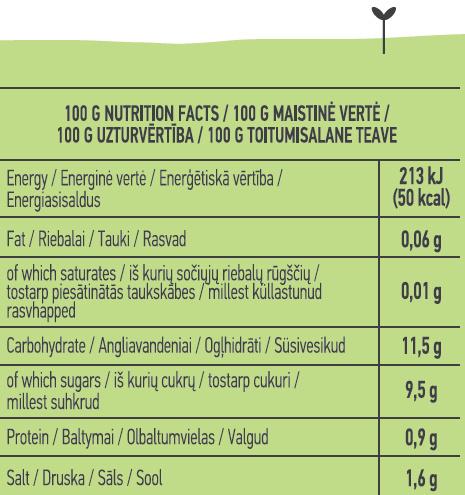
100 G NUTRIȚION FACTS / 100 G MAISTINĖ VERTĖ / 100 G UZTURVĒRTĪBA / 100 G TOITUMISALANE TEAVE
Energy/Energinė vertė / Enerģētiskā vērtība / Energiasisaldus
213 kJ (50 kcal)
Fat / Riebalai / Tauki / Rasvad
0,06 g
of which saturates/ iš kurių sočiųjų riebalų rūgščių / tostarp piesātinātās taukskåbes / millest kůllastunud rasvhapped
0,01 g
Carbohydrate / Angliavandeniai / Oglhidrāti / Süsivesikud
11,5 g
of which sugars / iš kurių cukrų / tostarp cukuri / millest suhkrud
9,5 g
Protein / Baltymai / Olbaltumvielas / Valgud
0,9 g
Salt / Druska / Sāls /Sool
1,6 g